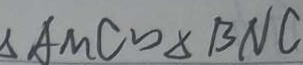
\Delta A M C \sim \Delta B N C